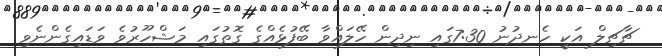
ޗާޗިލް އަކީ ހެނދުނު 7:30ގައި ނިދިން ހޭލައްވާ ބޭފުޅެއްގެ ގޮތުގައި މަޝްހޫރުވެ ވަޑައިގެންނެވި